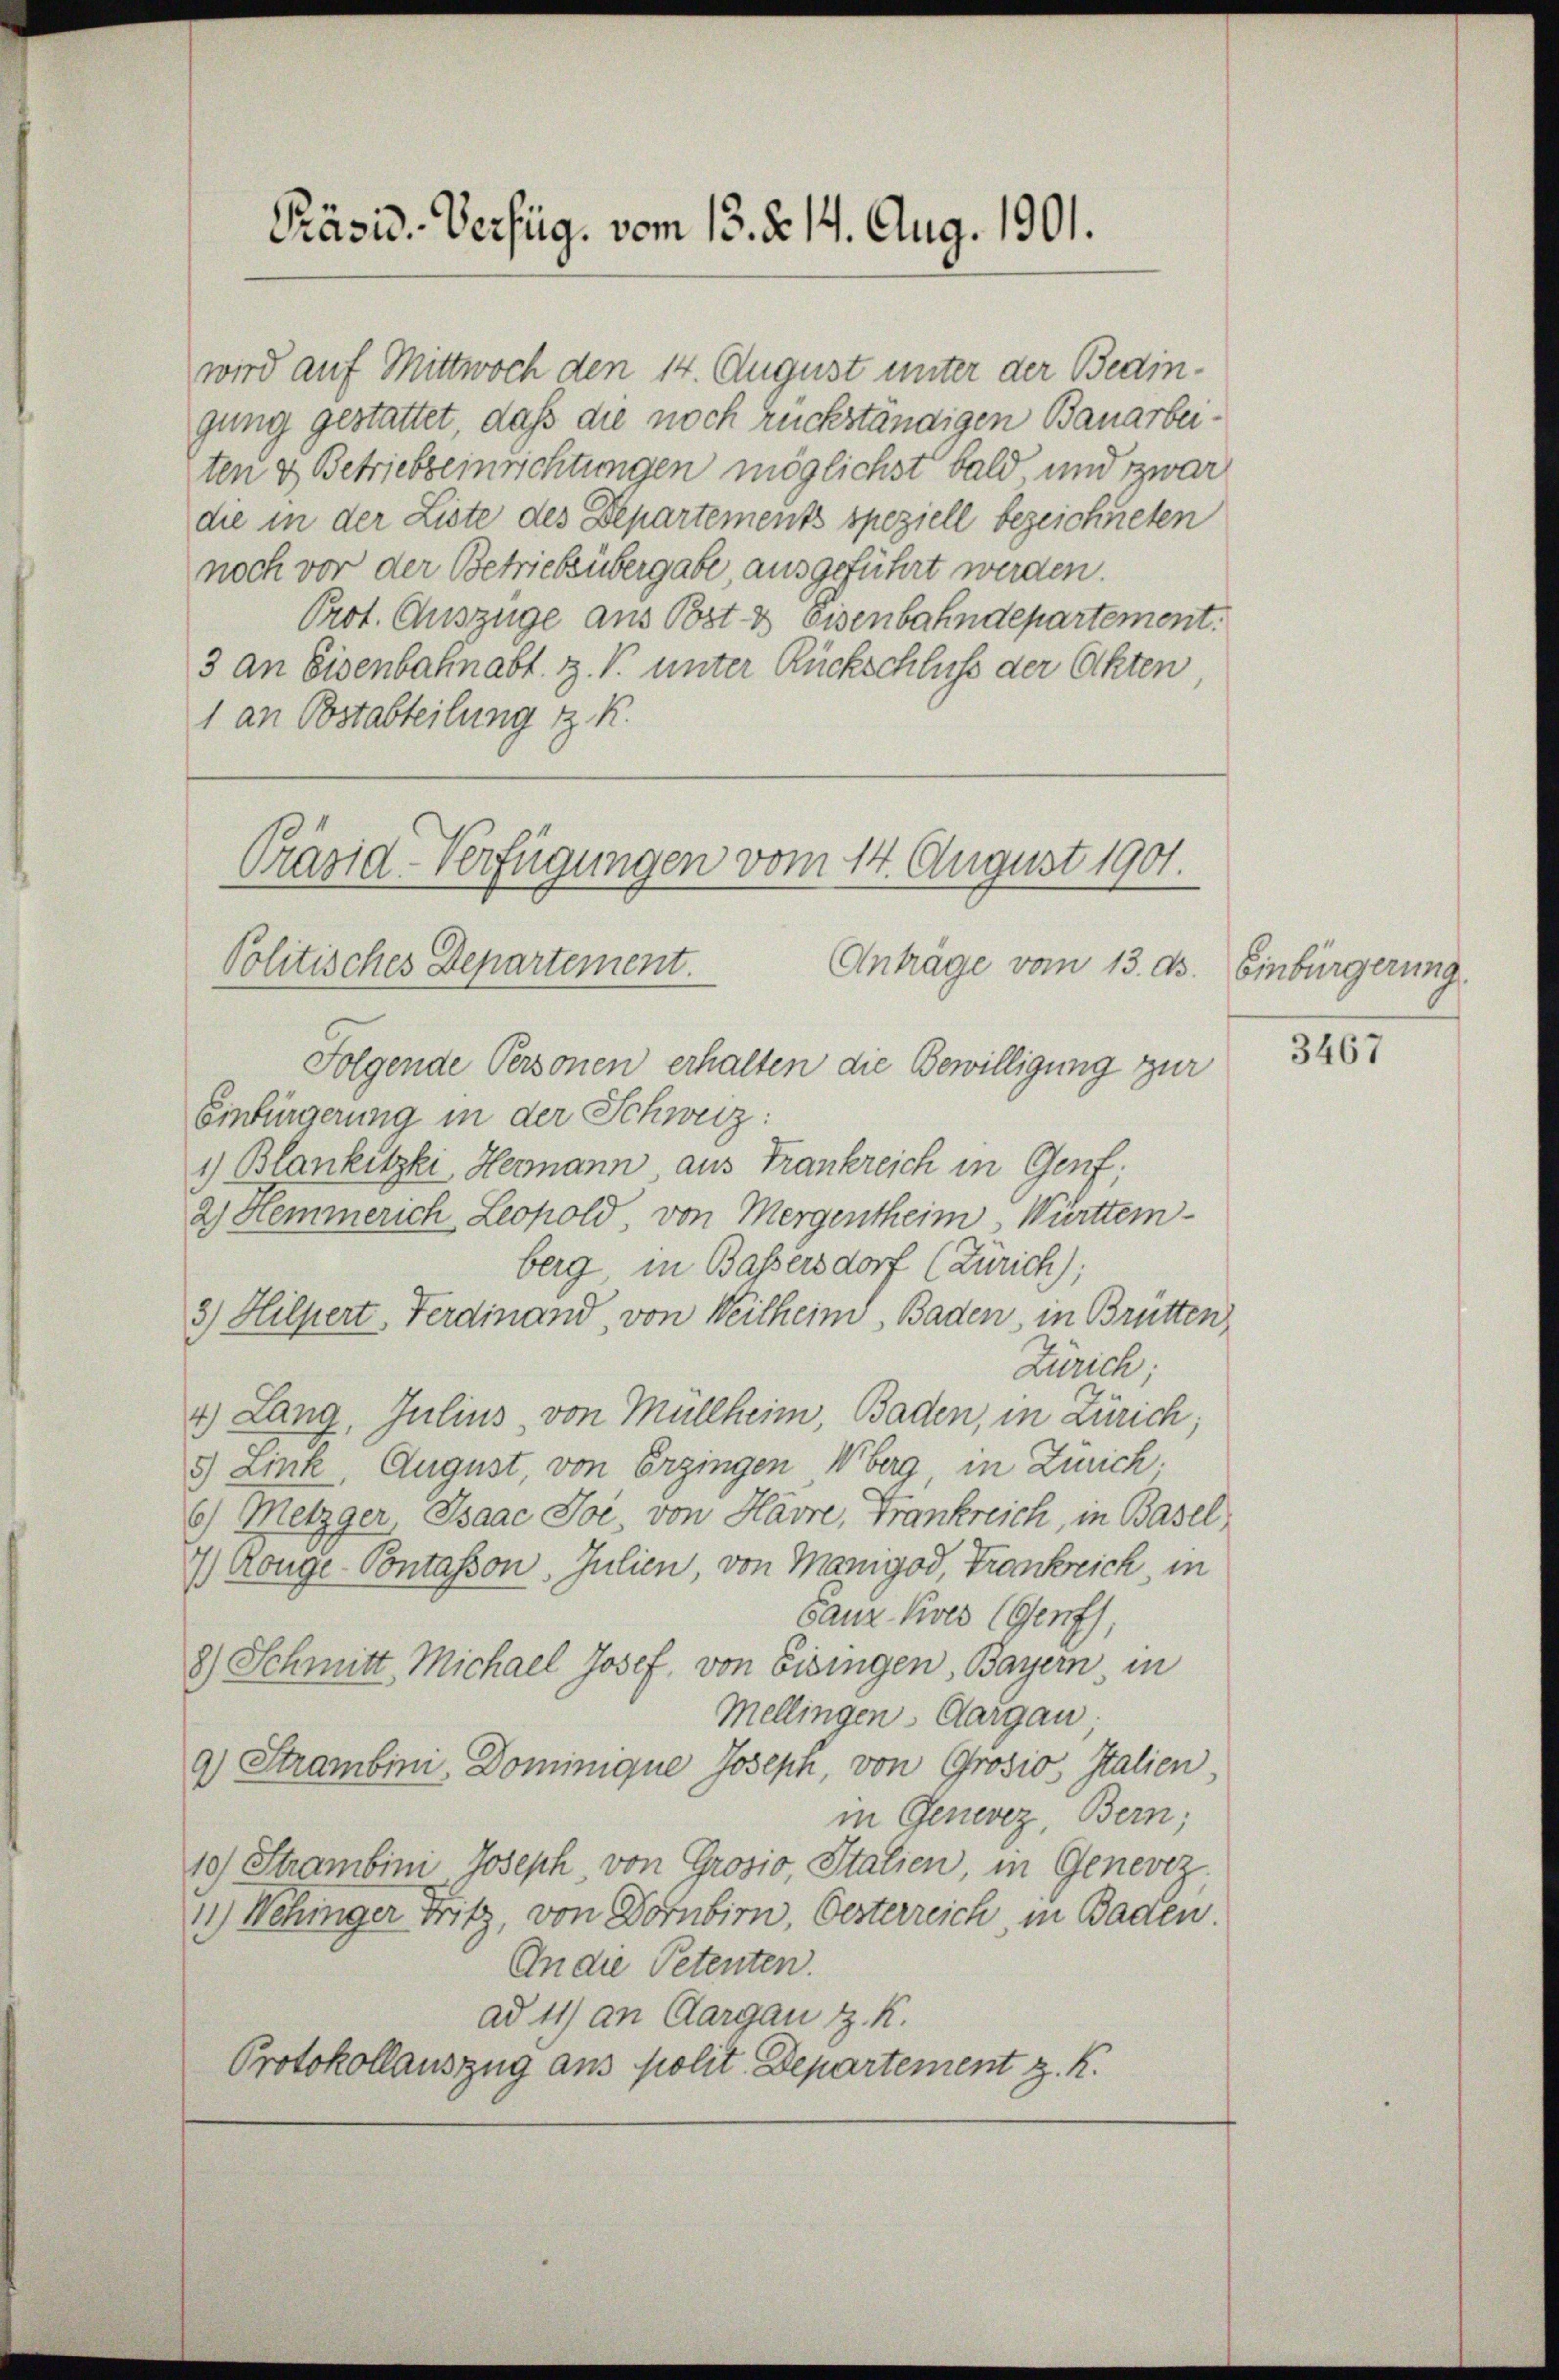
Präsid. Verfüg. vom 13. d. 14. Aug. 1901.

wird auf Mittwoch den 14. August unter der Bedingung gestattet, daß die noch rückständigen Bauarbeiten & Betriebseinrichtungen möglichst bald und zwar
die in der Liste des Departements speziell bezeichneten
noch vor der Betriebsübergabe, ausgeführt werden.
Prot. Auszüge aus Post & Eisenbahndepartement.
3 an Eisenbahnabt. Z. V. unter Rückschluß der Akten
1 an Bostabteilung z. K.
Folgende Personen erhalten die Bewilligung zur
Einfürgerung in der Schweiz:
1) Blankitzki, Hermann, aus Frankreich in Genf,
2 Hemmerich Leopold von Mergentheim Württem-
berg in Bassersdorf (Zürich);
3) Hilpert Ferdinand, von Weilheim Baden, in Brütten
Zürich
4.) Lang, Julius, von Müllheim Baden, in Zürich;
5) Link August von Ergingen Überg, in Zürich.
6) Metzger, Isaac Joi von Havre, Frankreich, in Basel
7) Konge-Pontasson. Julien, von Mangod, Trankreich in
Ganz Kires (Genf,
8) Schmitt Michael Josef, von Eisingen, Bayern, in
Mellingen, Aargau,
9) Strambini, Dominique Joseph, von Grosio, Italien,
in Genevez, Bern;
10) Strambini, Joseph von Grosio, Italien, in Geneviz
1.) Wehinger Fritz, von Dornbirn, Oesterreich, in Baden.
An die Petenten.
ad 11) an Aargau z. K.
Protokollauszug aus polit. Departement z. K.

Präsia-Verfügungen vom 14. August 1901.
Politisches Departement.
Anträge vom 13. ds. Einbürgerung.

3467